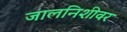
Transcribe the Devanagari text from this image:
जालनिशीवर